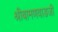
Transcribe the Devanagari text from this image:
श्रीबामणवाडजी